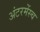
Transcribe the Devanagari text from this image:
अंटरमेंस्च